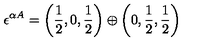
\epsilon ^ { \alpha A } = \left( \frac { 1 } { 2 } , 0 , \frac { 1 } { 2 } \right) \oplus \left( 0 , \frac { 1 } { 2 } , \frac { 1 } { 2 } \right) \,